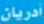
أدريان